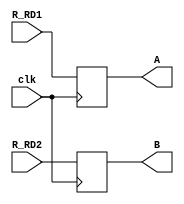
`timescale 1ns / 1ps


module Register_File_Reg(clk,R_RD1,R_RD2,A,B);

input clk;
input [31:0]R_RD1,R_RD2;
output reg [31:0]A,B;

always@(posedge clk)
begin
  A<=R_RD1;
  B<=R_RD2;
end
endmodule